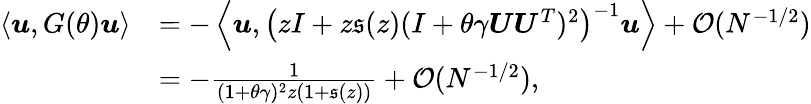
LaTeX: \begin{array}{rl}{\langle{\boldsymbol u},G(\theta){\boldsymbol u}\rangle}&{=-\left\langle{\boldsymbol u},\left(zI+z\mathfrak{s}(z)(I+\theta\gamma{\boldsymbol U}{\boldsymbol U}^{T})^{2}\right)^{-1}{\boldsymbol u}\right\rangle+{\mathcal O}(N^{-1/2})}\\ &{=-\frac{1}{(1+\theta\gamma)^{2}z(1+\mathfrak{s}(z))}+{\mathcal O}(N^{-1/2}),}\end{array}